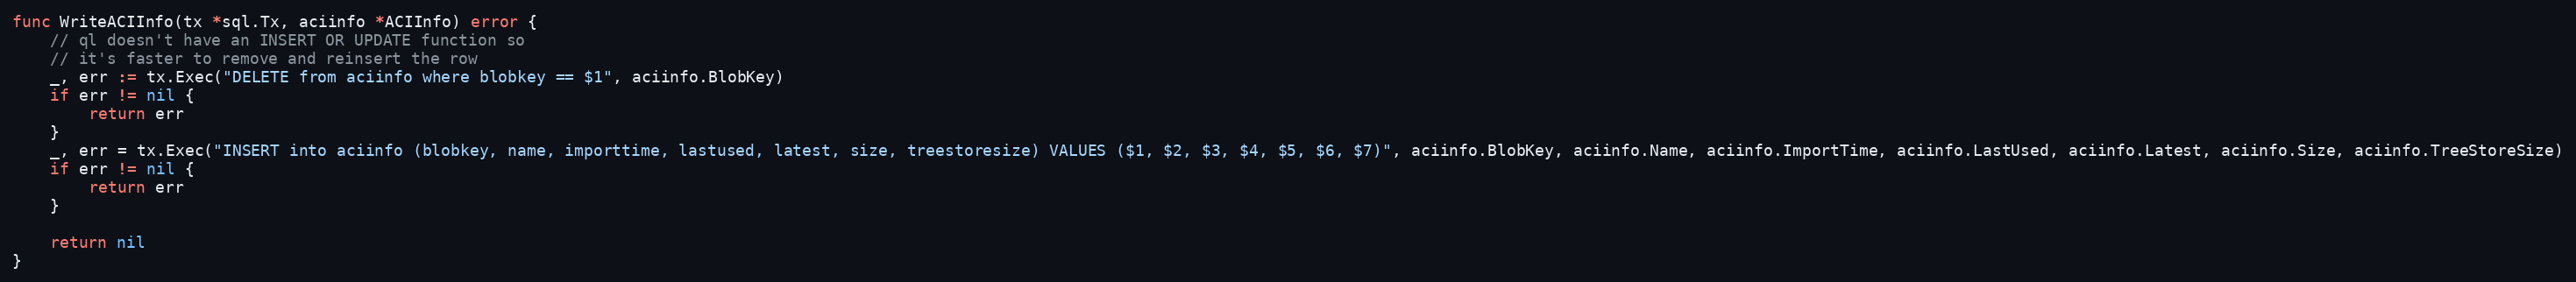
Language: Go
func WriteACIInfo(tx *sql.Tx, aciinfo *ACIInfo) error {
	// ql doesn't have an INSERT OR UPDATE function so
	// it's faster to remove and reinsert the row
	_, err := tx.Exec("DELETE from aciinfo where blobkey == $1", aciinfo.BlobKey)
	if err != nil {
		return err
	}
	_, err = tx.Exec("INSERT into aciinfo (blobkey, name, importtime, lastused, latest, size, treestoresize) VALUES ($1, $2, $3, $4, $5, $6, $7)", aciinfo.BlobKey, aciinfo.Name, aciinfo.ImportTime, aciinfo.LastUsed, aciinfo.Latest, aciinfo.Size, aciinfo.TreeStoreSize)
	if err != nil {
		return err
	}

	return nil
}